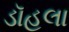
ડૉહલા